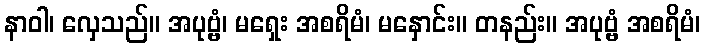
နာဝါ၊ လှေသည်။ အပုဗ္ဗံ၊ မရှေး အစရိမံ၊ မနှောင်း။ တနည်း။ အပုဗ္ဗံ အစရိမံ၊